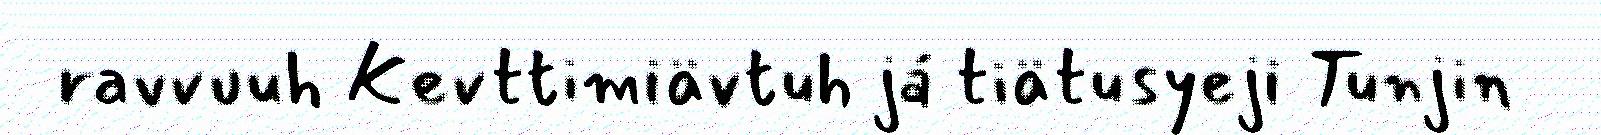
ravvuuh Kevttimiävtuh já tiätusyeji Tunjin